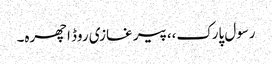
رسول پارک،،پیر غازی روڈ اچھرہ۔